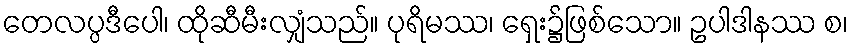
တေလပ္ပဒီပေါ၊ ထိုဆီမီးလျှံသည်။ ပုရိမဿ၊ ရှေး၌ဖြစ်သော။ ဥပါဒါနဿ စ၊